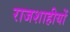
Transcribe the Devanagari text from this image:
राजशाहीयों